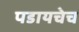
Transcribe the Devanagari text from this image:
पडायचेच